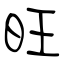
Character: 旺